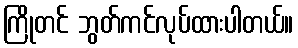
ကြိုတင် ဘွတ်ကင်လုပ်ထားပါတယ်။